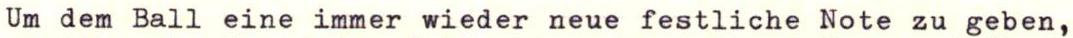
Um dem Ball eine immer wieder neue festliche Note zu geben,